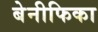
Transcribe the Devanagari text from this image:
बेनीफिका